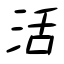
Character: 活